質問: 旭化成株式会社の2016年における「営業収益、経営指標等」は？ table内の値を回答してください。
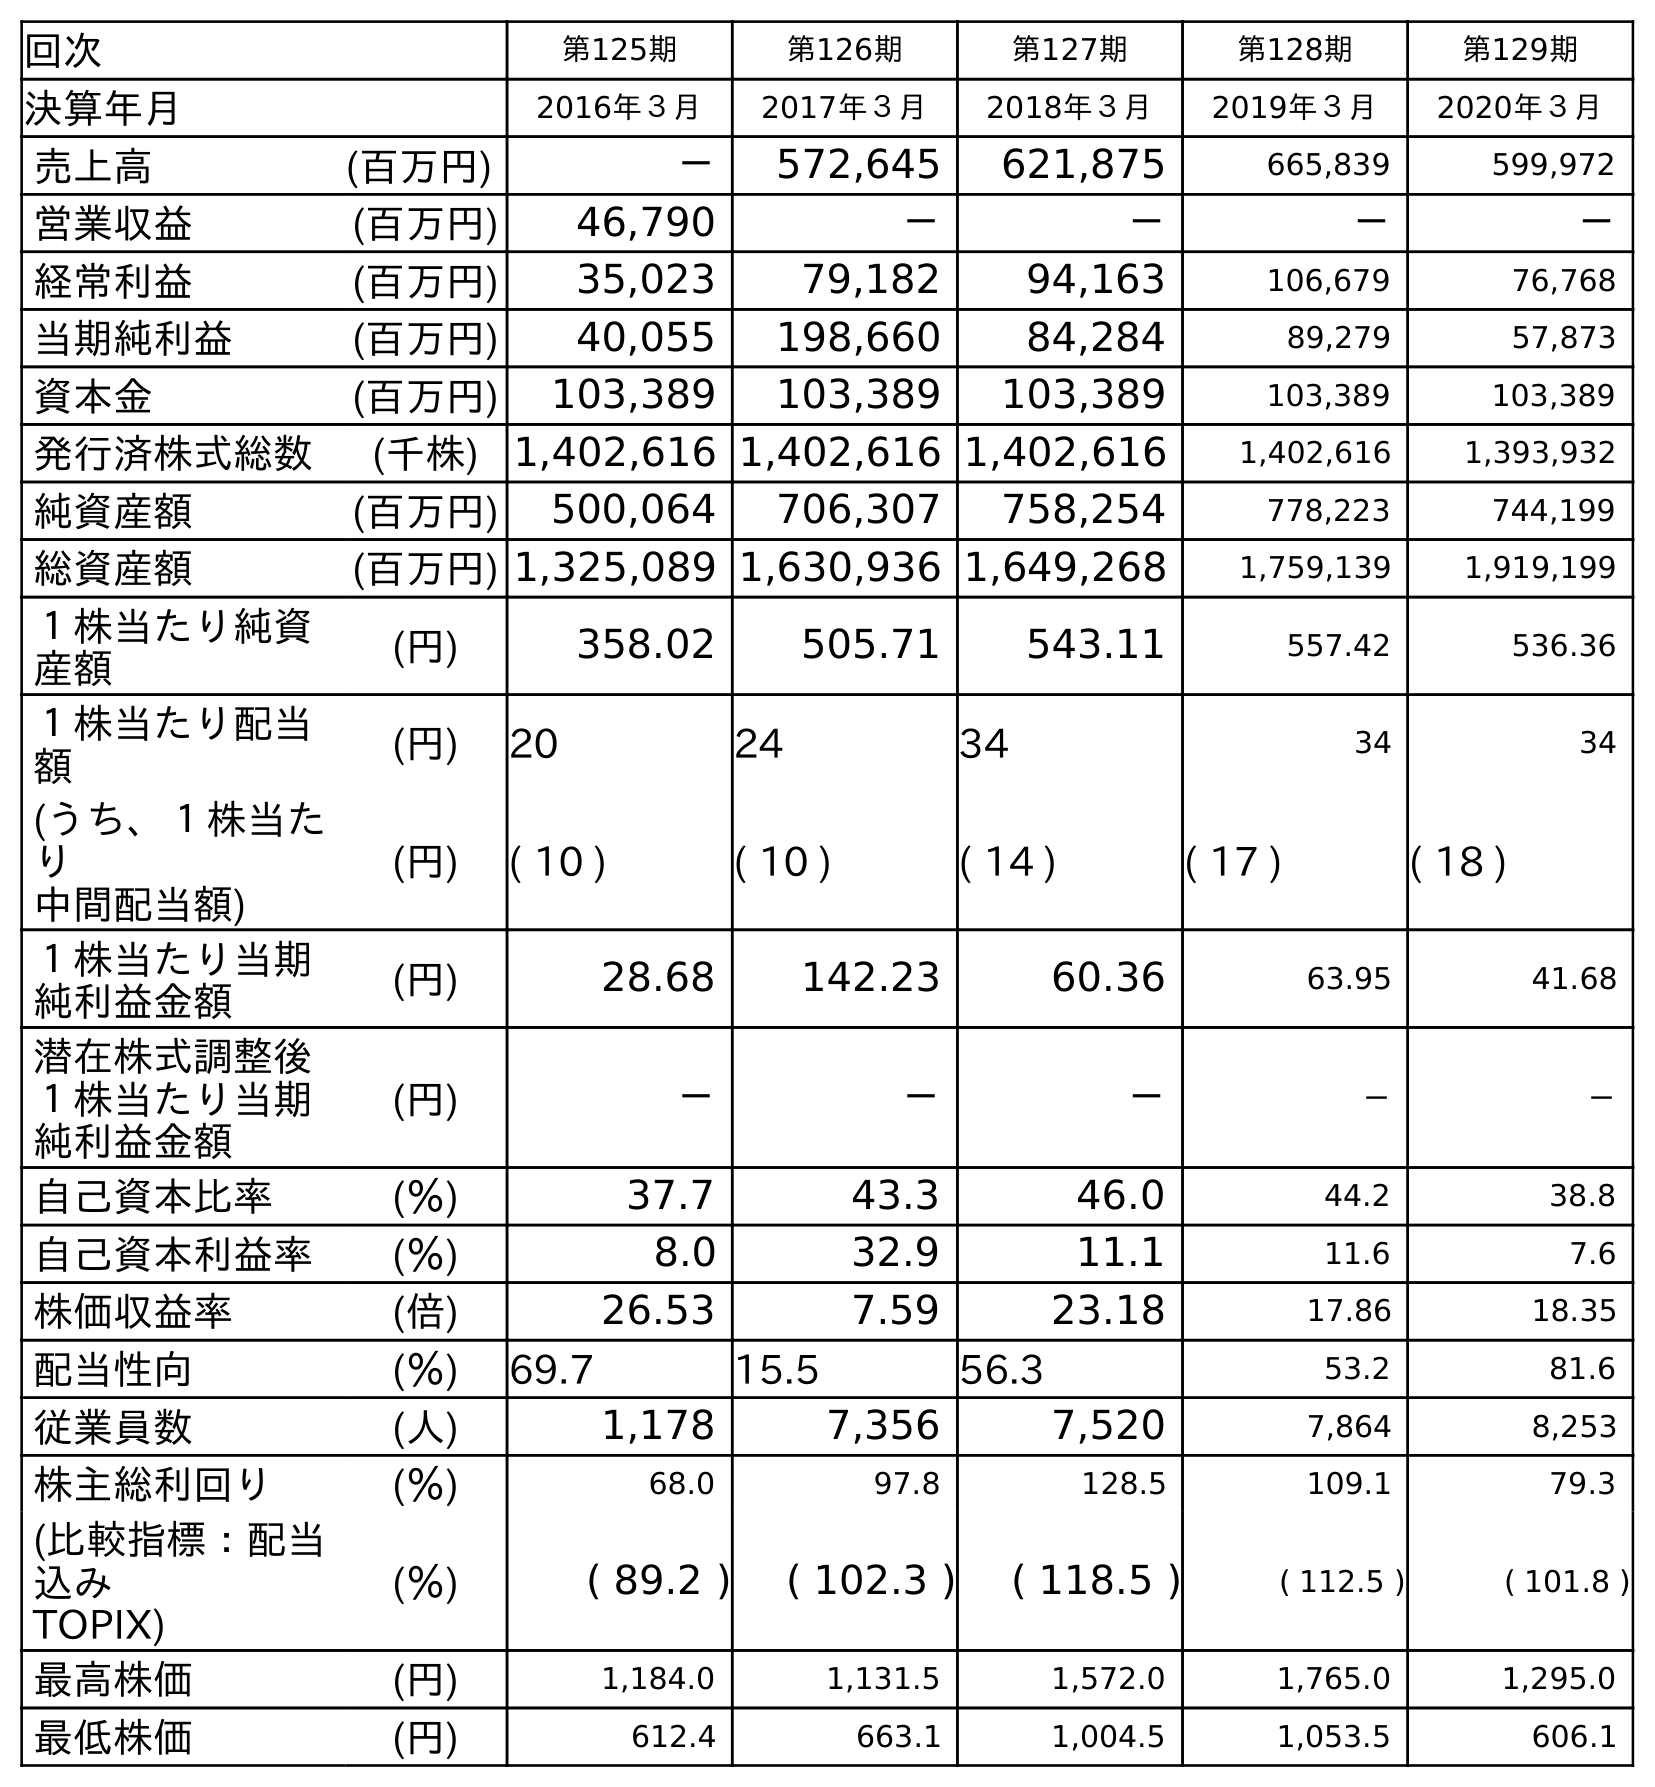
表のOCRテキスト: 回次 第125期 第126期 第127期 第128期 第129期 決算年月 2016年３月 2017年３月 2018年３月 2019年３月 2020年３月 売上高 (百万円) － 572,645 621,875 665,839 599,972 営業収益 (百万円) 46,790 － － － － 経常利益 (百万円) 35,023 79,182 94,163 106,679 76,768 当期純利益 (百万円) 40,055 198,660 84,284 89,279 57,873 資本金 (百万円) 103,389 103,389 103,389 103,389 103,389 発行済株式総数 (千株) 1,402,616 1,402,616 1,402,616 1,402,616 1,393,932 純資産額 (百万円) 500,064 706,307 758,254 778,223 744,199 総資産額 (百万円) 1,325,089 1,630,936 1,649,268 1,759,139 1,919,199 １株当たり純資 産額 (円) 358.02 505.71 543.11 557.42 536.36 １株当たり配当 額 (円) 20 24 34 34 34 (うち、１株当た り 中間配当額) (円) ( 10 ) ( 10 ) ( 14 ) ( 17 ) ( 18 ) １株当たり当期 純利益金額 (円) 28.68 142.23 60.36 63.95 41.68 潜在株式調整後 １株当たり当期 純利益金額 (円) － － － － － 自己資本比率 (％) 37.7 43.3 46.0 44.2 38.8 自己資本利益率 (％) 8.0 32.9 11.1 11.6 7.6 株価収益率 (倍) 26.53 7.59 23.18 17.86 18.35 配当性向 (％) 69.7 15.5 56.3 53.2 81.6 従業員数 (人) 1,178 7,356 7,520 7,864 8,253 株主総利回り (％) 68.0 97.8 128.5 109.1 79.3 (比較指標：配当 込み TOPIX) (％) ( 89.2 ) ( 102.3 ) ( 118.5 ) ( 112.5 ) ( 101.8 ) 最高株価 (円) 1,184.0 1,131.5 1,572.0 1,765.0 1,295.0 最低株価 (円) 612.4 663.1 1,004.5 1,053.5 606.1
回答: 46,790